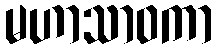
မဟာသာဝကာ